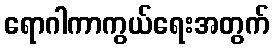
ရောဂါကာကွယ်ရေးအတွက်